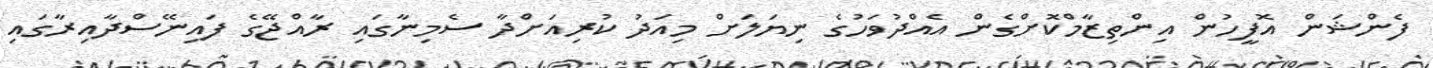
ފެންޝަން އޮފީހުން އިންތިޒާމްކޮށްގެން އެއްދުވަހުގެ ނިޔަލަށް މިއަދު ކުރިއަށްދާ ސެމިނާގައި ރާއްޖޭގެ ފައިނޭސްދާއިރާގައި